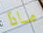
ماذا